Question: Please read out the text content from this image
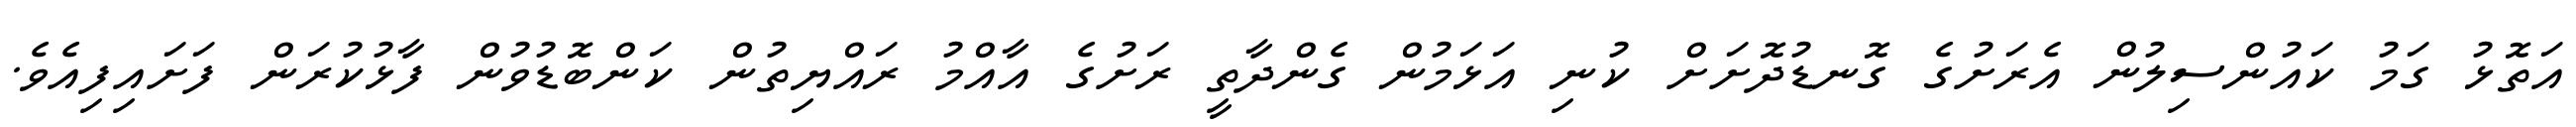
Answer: އަތޮޅު ގަމު ކައުންސިލުން އެރަށުގެ ގޮނޑުދޮށަށް ކުނި އަޅަމުން ގެންދާތީ ރަށުގެ އާއްމު ރައްޔިތުން ކަންބޮޑުވުން ފާޅުކުރަން ފަށައިފިއެވެ.